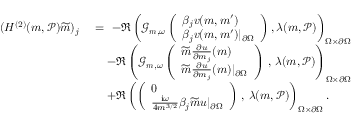
\begin{array} { r l } { ( H ^ { ( 2 ) } ( \boldsymbol { m } , \mathcal { P } ) \widetilde { \boldsymbol { m } } ) _ { j } \ } & { = \ - \Re \left( \mathcal { G } _ { \boldsymbol { m } , \omega } \left( \begin{array} { l } { \beta _ { j } v ( \boldsymbol { m } , \boldsymbol { m } ^ { \prime } ) } \\ { \beta _ { j } v ( \boldsymbol { m } , \boldsymbol { m } ^ { \prime } ) \vert _ { \partial \Omega } } \end{array} \right) , \lambda ( \boldsymbol { m } , \mathcal { P } ) \right) _ { \Omega \times \partial \Omega } } \\ & { \quad - \Re \left( \mathcal { G } _ { \boldsymbol { m } , \omega } \left( \begin{array} { l } { \widetilde { m } \frac { \partial u } { \partial m _ { j } } ( \boldsymbol { m } ) } \\ { \widetilde { m } \frac { \partial u } { \partial m _ { j } } ( \boldsymbol { m } ) \vert _ { \partial \Omega } } \end{array} \right) \, , \, \lambda ( \boldsymbol { m } , \mathcal { P } ) \right) _ { \Omega \times \partial \Omega } } \\ & { \quad + \Re \left( \left( \begin{array} { l } { 0 } \\ { \frac { \mathrm { i } \omega } { 4 m ^ { 3 / 2 } } \beta _ { j } \widetilde { m } u \vert _ { \partial \Omega } } \end{array} \right) \, , \, \lambda ( \boldsymbol { m } , \mathcal { P } ) \right) _ { \Omega \times \partial \Omega } . } \end{array}